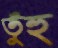
তুঁহু